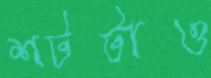
শটটাও